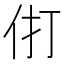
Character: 𰁫